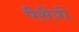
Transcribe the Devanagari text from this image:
पैसेंत्रो